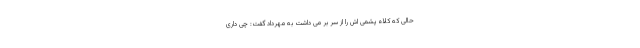
حالی که کلاه پشمی ­اش را از سر بر می­ داشت به مهرداد گفت: چی داری